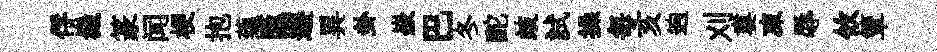
俘嶻篆闻梗抱蕴匯邂異卦嶔巴冬酡歧試操毎亥逈刈婁凍辱攸簟